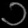
Digit: ၁